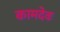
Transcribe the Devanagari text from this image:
कामदेवः